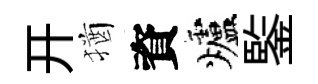
开猶資爐鍳